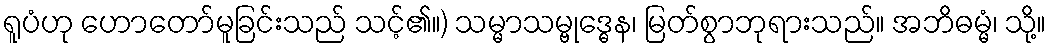
ရူပံဟု ဟောတော်မူခြင်းသည် သင့်၏။) သမ္မာသမ္ဗုဒ္ဓေန၊ မြတ်စွာဘုရားသည်။ အဘိဓမ္မံ၊ သို့။